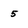
Character: 5